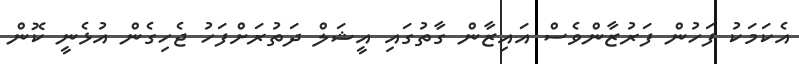
އެކަމަކު ފަހުން ފަރުޒާންވެސް އައިޒާން ގާތުގައި އީޝަލް ދަތުރަށްފަހު ޖެހިގެން އުޅެނީ ކޮން